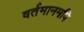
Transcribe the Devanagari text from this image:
वर्तमानमपि